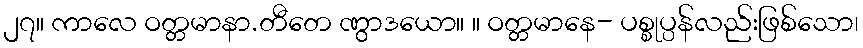
၂၇။ ကာလေ ဝတ္တမာနာ.တီတေ ဏွာဒယော။ ။ ဝတ္တမာနေ- ပစ္စုပ္ပန်လည်းဖြစ်သော၊